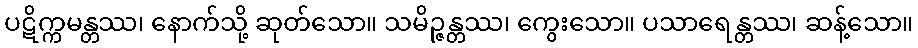
ပဋိက္ကမန္တဿ၊ နောက်သို့ ဆုတ်သော။ သမိဉ္ဇန္တဿ၊ ကွေးသော။ ပသာရေန္တဿ၊ ဆန့်သော။